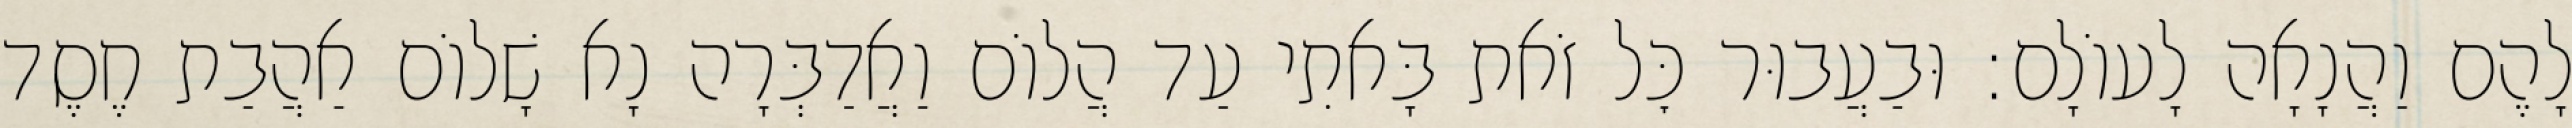
לָהֶם וַהֲנָאָה לָעוֹלָם: וּבַעֲבוּר כׇּל זֹאת בָּאתִי עַד הֲלוֹם וַאֲדַבְּרָה נָא שָׁלוֹם אַהֲבַת חֶסֶד